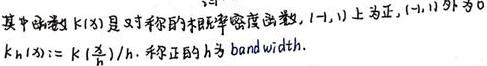
其中函数 $k(x)$ 是对称的非负密度函数, $(-1,1)$ 上为正, $[-1,1]$ 外为 0, $k_h(x):=k(x/h)/h$, 称正的 $h$ 为 band - width.